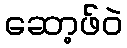
ဆော့ဖ်ဝဲ